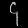
Digit: ၄